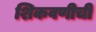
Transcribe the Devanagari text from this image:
शिकवणीची